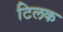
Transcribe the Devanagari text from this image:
टिलक